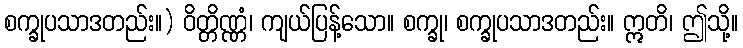
စက္ခုပသာဒတည်း။) ဝိတ္တိဏ္ဏံ၊ ကျယ်ပြန့်သော။ စက္ခု၊ စက္ခုပသာဒတည်း။ ဣတိ၊ ဤသို့။